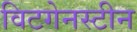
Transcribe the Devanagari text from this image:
विटगेनस्टीन